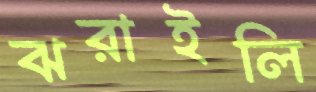
ঝরাইলি